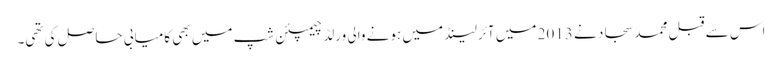
اس سے قبل محمد سجاد نے 2013 میں آئرلینڈ میں ہونے والی ورلڈ چیمپئن شپ میں بھی کامیابی حاصل کی تھی۔